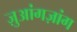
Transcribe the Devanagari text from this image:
ज़ुआंगज़ांग